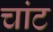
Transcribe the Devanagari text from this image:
चांट